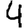
Digit: 4